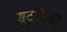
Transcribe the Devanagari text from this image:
सुटलेली